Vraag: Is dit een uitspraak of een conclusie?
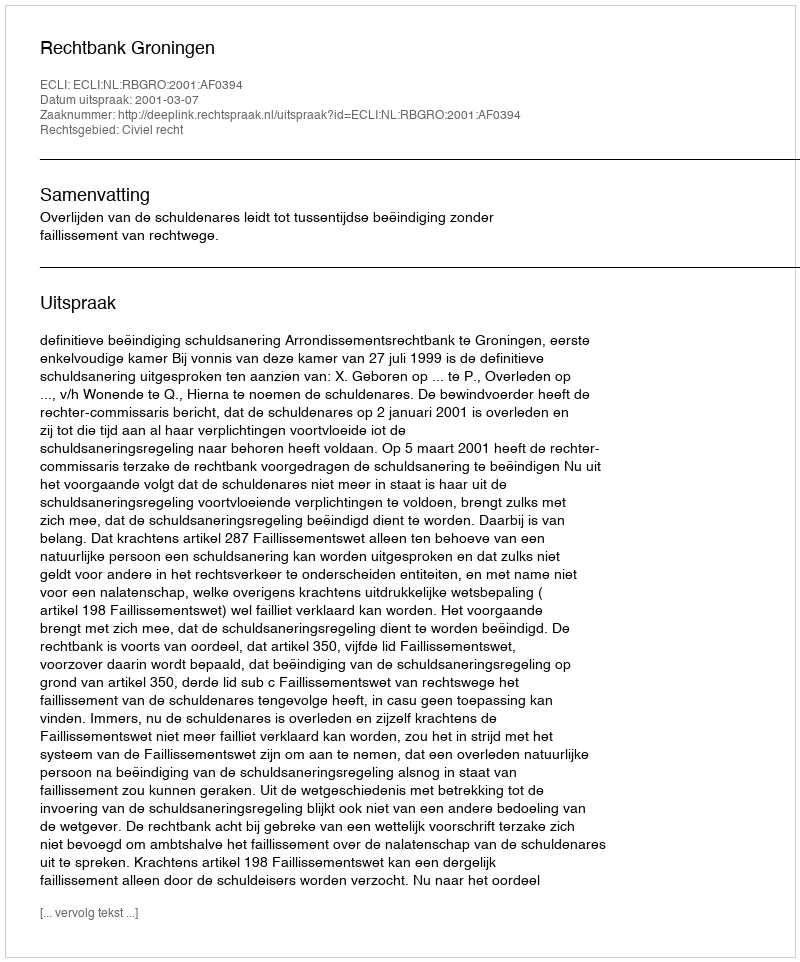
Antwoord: Uitspraak